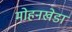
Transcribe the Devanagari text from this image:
मोहनखेडा